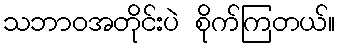
သဘာဝအတိုင်းပဲ စိုက်ကြတယ်။